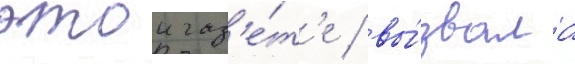
этои газ'е́т'е / вы́звала